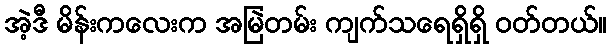
အဲ့ဒီ မိန်းကလေးက အမြဲတမ်း ကျက်သရေရှိရှိ ဝတ်တယ်။